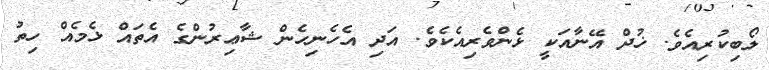
ލޯބިކުރިއެވެ. ޚުދް އޭނާއަކީ ޅެންވެރިއެކެެވެ. އަދި އެހެނިހެން ޝާޢިރުންގެ އެތައް ޅެމެއް ހިތު